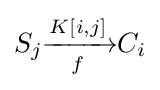
S_{j}{\xrightarrow[{f}]{K[i,j]}}C_{i}